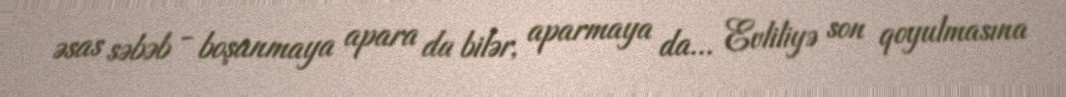
əsas səbəb - boşanmaya apara da bilər, aparmaya da... Evliliyə son qoyulmasına